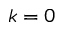
k = 0